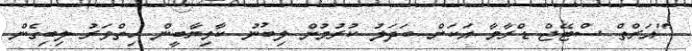
"އަރްތް ސްޓޭޖް ޑްރާމާ އަކަށް ބަދަލު ކުރުމުން ލިބުނު ކާމިޔާބީން ހިތްވަރު ލިބިގެން